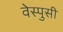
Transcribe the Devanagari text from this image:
वेस्पुसी